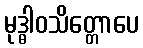
မုဒ္ဓါဝသိတ္တောပေ